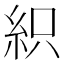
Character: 𥿗